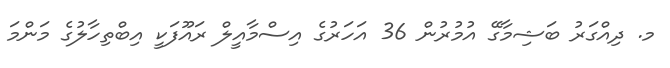
މ. ދިއްގަރު ބަޝިމާގޭ އުމުރުން 36 އަހަރުގެ އިސްމާއީލް ރައޫފަކީ އިބްތިހާލުގެ މަންމަ